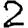
Digit: 2